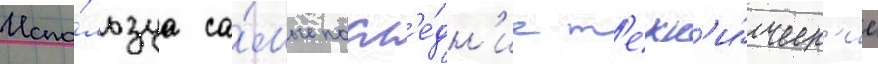
Испо́льзуа са́мые посл'е́дн'ие т'ехн'и́ческ'ие